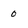
Character: 0